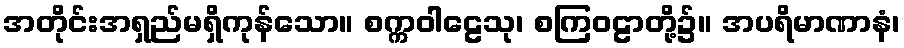
အတိုင်းအရှည်မရှိကုန်သော။ စက္ကဝါဠေသု၊ စကြဝဠာတို့၌။ အပရိမာဏာနံ၊